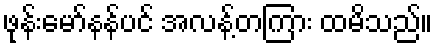
ဖုန်းမော်နန်ပင် အလန့်တကြား ထမိသည်။